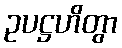
ဥပဋ္ဌဟိတွာ